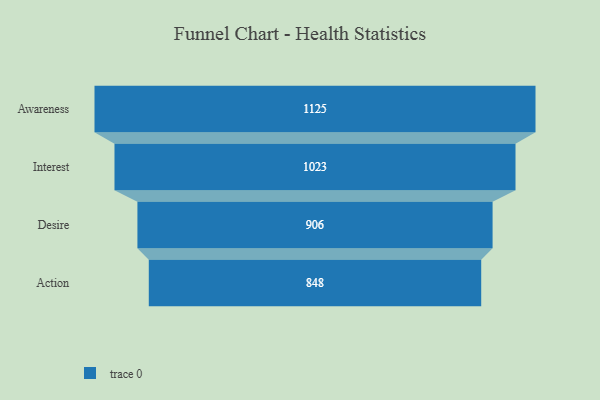
{"axis": {"x": "Stage", "y": "Value"}, "legend": [""], "data": [{"x": "Awareness", "y": 1125.0, "type": ""}, {"x": "Interest", "y": 1023.0, "type": ""}, {"x": "Desire", "y": 906.0, "type": ""}, {"x": "Action", "y": 848.0, "type": ""}]}